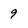
Character: 9